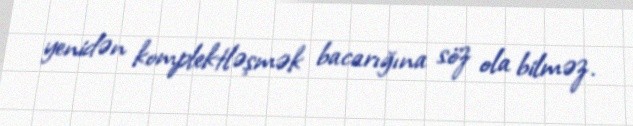
yenidən komplektləşmək bacarığına söz ola bilməz.